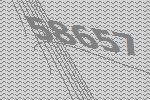
58657